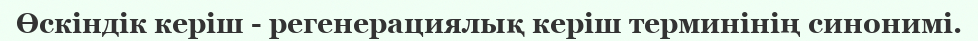
Өскіндік керіш - регенерациялық керіш терминінің синонимі.